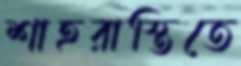
শাহরাস্তিতে